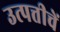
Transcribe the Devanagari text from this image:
उत्पत्तीचें